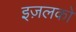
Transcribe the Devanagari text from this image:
इज़लको